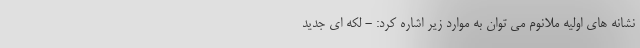
نشانه های اولیه ملانوم می توان به موارد زیر اشاره کرد: - لکه ای جدید